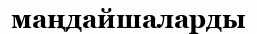
маңдайшаларды